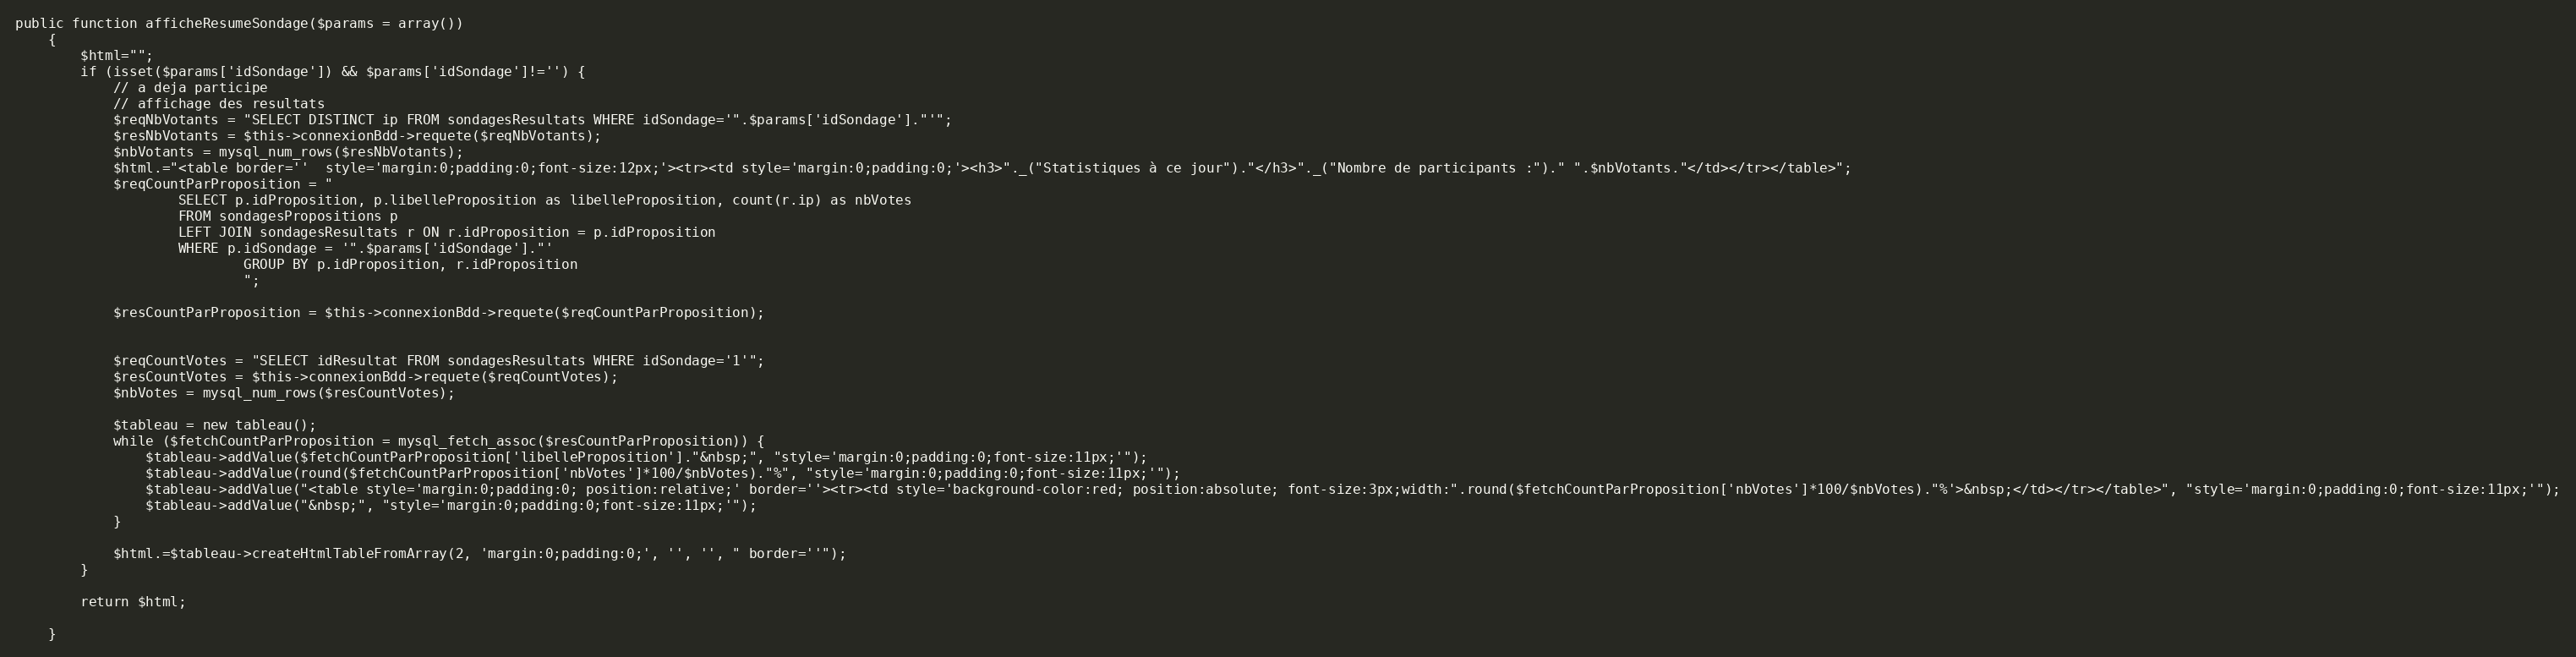
Language: PHP
public function afficheResumeSondage($params = array())
	{
		$html="";
		if (isset($params['idSondage']) && $params['idSondage']!='') {
			// a deja participe
			// affichage des resultats
			$reqNbVotants = "SELECT DISTINCT ip FROM sondagesResultats WHERE idSondage='".$params['idSondage']."'";
			$resNbVotants = $this->connexionBdd->requete($reqNbVotants);
			$nbVotants = mysql_num_rows($resNbVotants);
			$html.="<table border=''  style='margin:0;padding:0;font-size:12px;'><tr><td style='margin:0;padding:0;'><h3>"._("Statistiques à ce jour")."</h3>"._("Nombre de participants :")." ".$nbVotants."</td></tr></table>";
			$reqCountParProposition = "
					SELECT p.idProposition, p.libelleProposition as libelleProposition, count(r.ip) as nbVotes
					FROM sondagesPropositions p
					LEFT JOIN sondagesResultats r ON r.idProposition = p.idProposition
					WHERE p.idSondage = '".$params['idSondage']."'
							GROUP BY p.idProposition, r.idProposition
							";

			$resCountParProposition = $this->connexionBdd->requete($reqCountParProposition);

			$reqCountVotes = "SELECT idResultat FROM sondagesResultats WHERE idSondage='1'";
			$resCountVotes = $this->connexionBdd->requete($reqCountVotes);
			$nbVotes = mysql_num_rows($resCountVotes);

			$tableau = new tableau();
			while ($fetchCountParProposition = mysql_fetch_assoc($resCountParProposition)) {
				$tableau->addValue($fetchCountParProposition['libelleProposition']."&nbsp;", "style='margin:0;padding:0;font-size:11px;'");
				$tableau->addValue(round($fetchCountParProposition['nbVotes']*100/$nbVotes)."%", "style='margin:0;padding:0;font-size:11px;'");
				$tableau->addValue("<table style='margin:0;padding:0; position:relative;' border=''><tr><td style='background-color:red; position:absolute; font-size:3px;width:".round($fetchCountParProposition['nbVotes']*100/$nbVotes)."%'>&nbsp;</td></tr></table>", "style='margin:0;padding:0;font-size:11px;'");
				$tableau->addValue("&nbsp;", "style='margin:0;padding:0;font-size:11px;'");
			}

			$html.=$tableau->createHtmlTableFromArray(2, 'margin:0;padding:0;', '', '', " border=''");
		}

		return $html;

	}